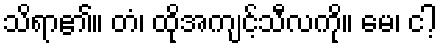
သိရာ၏။ တံ၊ ထိုအကျင့်သီလကို။ မေ၊ ငါ့